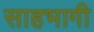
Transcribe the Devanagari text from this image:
साहभागी